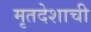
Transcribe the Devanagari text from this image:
मृतदेशाची